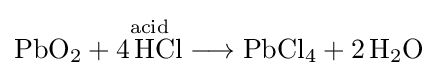
{\mathrm {PbO} {\vphantom {A}}_{\smash[{t}]{2}}{}+{}{\overset {\mathrm {acid} }{4\,\mathrm {HCl} }}{}\mathrel {\longrightarrow } {}\mathrm {PbCl} {\vphantom {A}}_{\smash[{t}]{4}}{}+{}2\,\mathrm {H} {\vphantom {A}}_{\smash[{t}]{2}}\mathrm {O} }